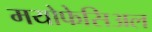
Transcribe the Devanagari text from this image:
मयोफेसिअल